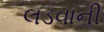
લડવાની